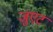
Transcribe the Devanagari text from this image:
जुएट